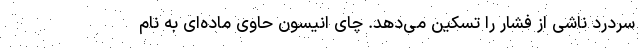
سردرد ناشی از فشار را تسکین می‌دهد. چای انیسون حاوی ماده‌ای به نام